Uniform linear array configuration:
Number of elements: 16
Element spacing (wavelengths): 1
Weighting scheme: uniform
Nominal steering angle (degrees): -15
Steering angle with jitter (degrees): -15.775
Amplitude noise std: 0.05
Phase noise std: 0.05

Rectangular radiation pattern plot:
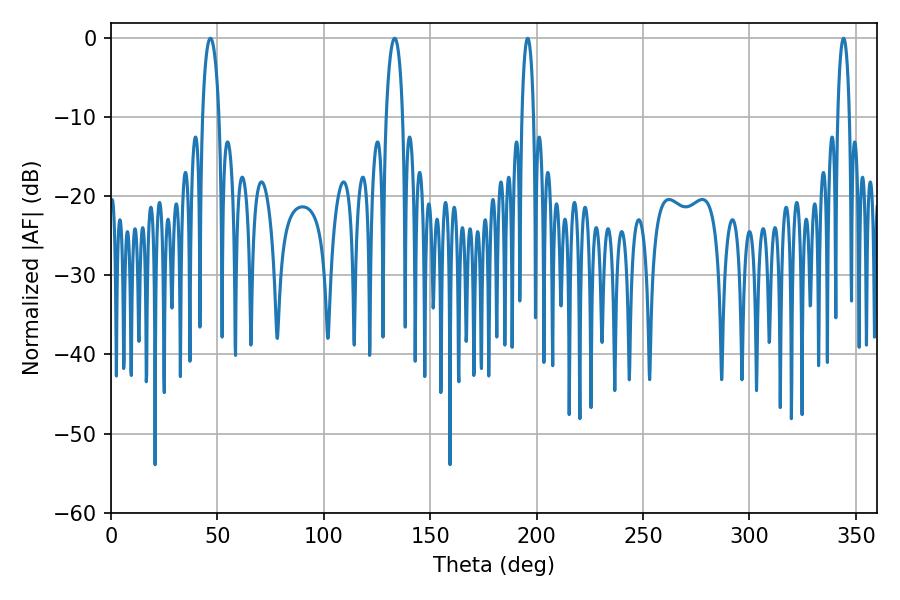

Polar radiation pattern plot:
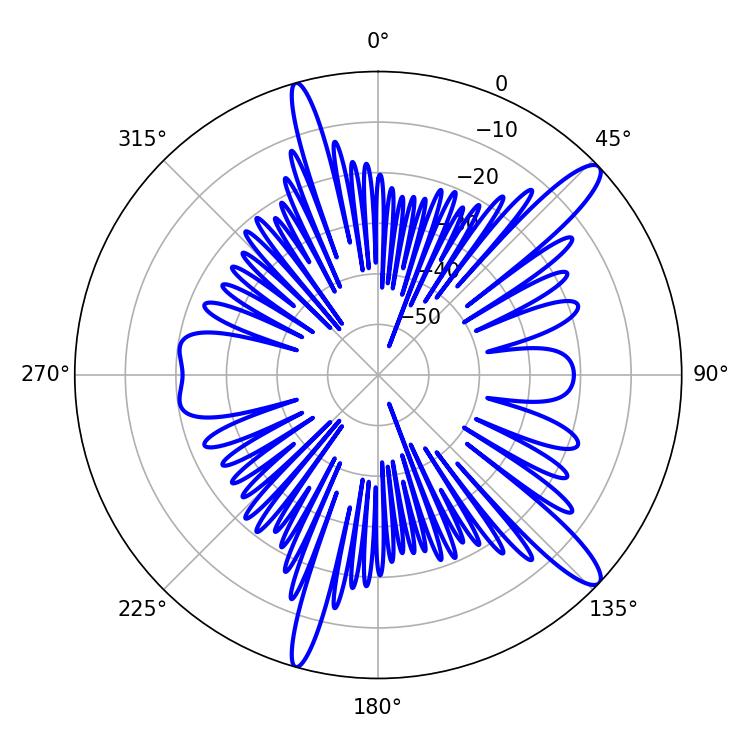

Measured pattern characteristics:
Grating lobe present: TRUE
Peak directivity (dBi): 13.28
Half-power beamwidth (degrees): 3.06
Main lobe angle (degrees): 195.84